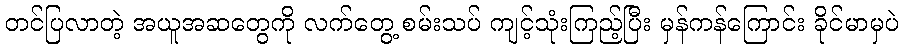
တင်ပြလာတဲ့ အယူအဆတွေကို လက်တွေ့ စမ်းသပ် ကျင့်သုံးကြည့်ပြီး မှန်ကန်ကြောင်း ခိုင်မာမှပဲ